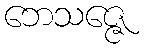
ဘေသဇ္ဇေ